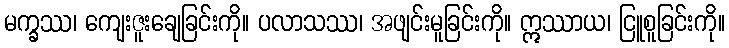
မက္ခဿ၊ ကျေးဇူးချေခြင်းကို။ ပလာသဿ၊ အဖျင်းမူခြင်းကို။ ဣဿာယ၊ ငြူစူခြင်းကို။